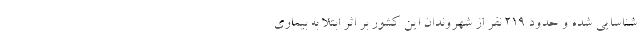
شناسایی شده و حدود ۲۱۹ نفر از شهروندان این کشور بر اثر ابتلا به بیماری